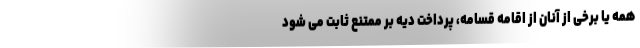
همه یا برخی از آنان از اقامه قسامه، پرداخت دیه بر ممتنع ثابت می شود